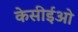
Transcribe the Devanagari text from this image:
केसीईओ